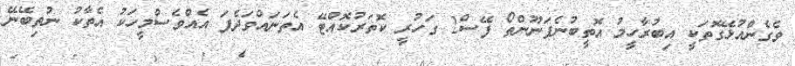
ވެގެންއުޅޭގޮތަކީ އިބުރާހީމު އޮތީބުނެފަނޫންތޯ ފޭސް2 ގަހުރީ ކޮތަރުކޮއްޓޭ އެތަނައްވަދެފަ އެއްވެސްމީހަކު އެތާކު ނުތިބޭނޭ